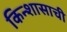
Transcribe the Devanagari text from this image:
किन्शासाची